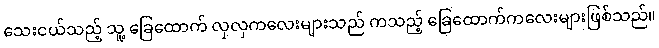
သေးငယ်သည့် သူ့ ခြေထောက် လှလှကလေးများသည် ကသည့် ခြေထောက်ကလေးများဖြစ်သည်။